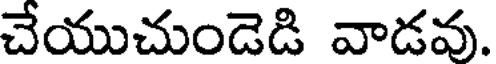
చేయుచుండెడి వాడవు.